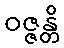
ဝဇ္ဇန္တိ